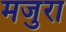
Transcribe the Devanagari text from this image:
मजुरा